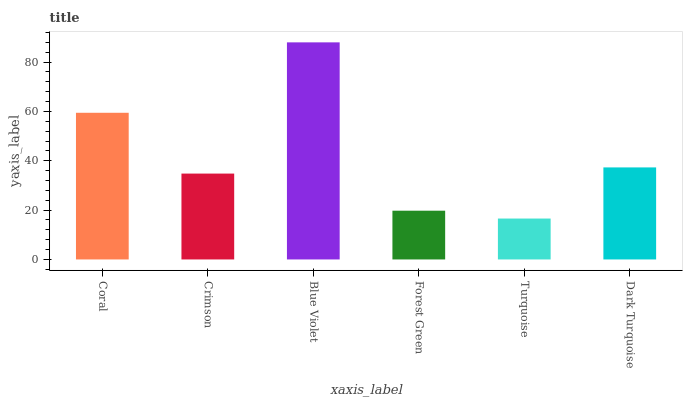
| xaxis_label | bars |
 | --- | --- |
 | Coral | 59.5 |
 | Crimson | 34.8 |
 | Blue Violet | 88 |
 | Forest Green | 19.8 |
 | Turquoise | 16.6 |
 | Dark Turquoise | 37.3 |